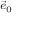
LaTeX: \scriptstyle { \vec { e } } _ { 0 }